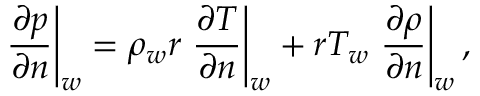
\left. \frac { \partial p } { \partial n } \right| _ { w } = \rho _ { w } r \left. \frac { \partial T } { \partial n } \right| _ { w } + r T _ { w } \left. \frac { \partial \rho } { \partial n } \right| _ { w } ,